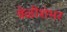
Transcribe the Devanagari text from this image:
वेळीशंभर